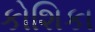
કોશિકા